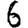
Digit: 6